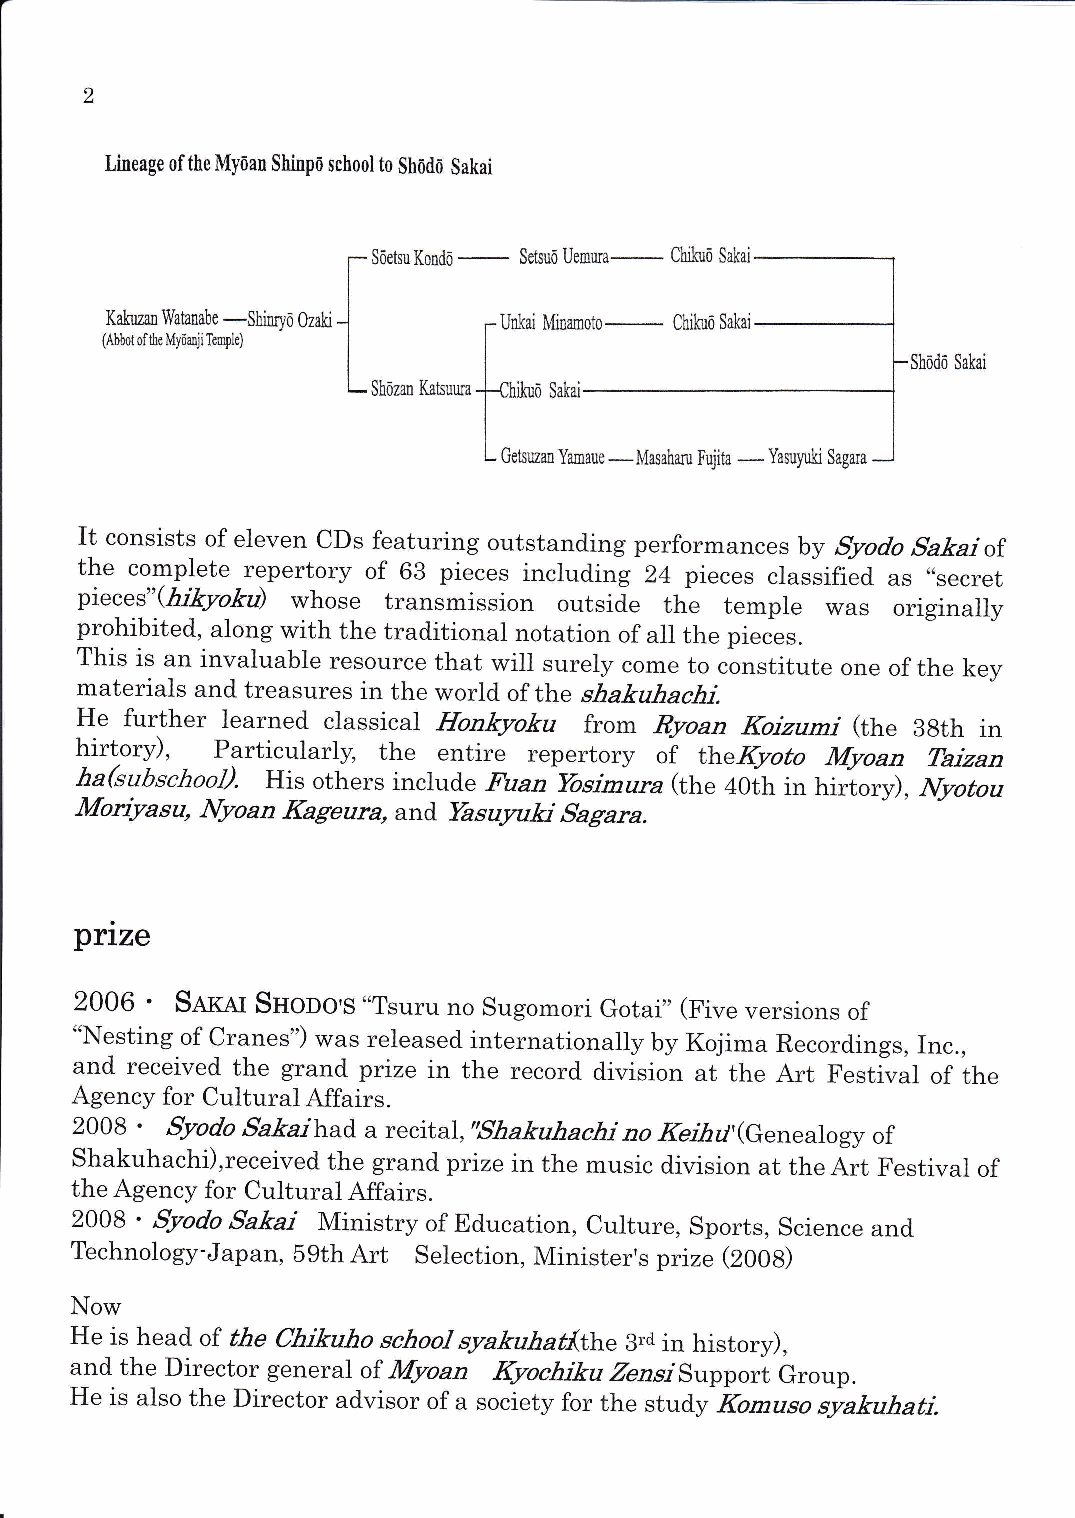
Lineage ofthe My5an Shinpo schoolto shodo Sakai
 S5ctsu Kond5-―――Se"面Uemta―………Ctt Sakai
 Kahlzall恥軸由 c―一shl■3o ozaki              SよJ
 lAbbotぽlhc均5珂iTempり
 SL6dO Sak」
 Shoza■ KatsuШ
 _Yawtt Sagara
 Yama■e
 pttn°                        e胤     S柵
 槻肌蹴応                l鳳黒      計¶   m21謂        常       秘服尊
 :発
 iζ
 prohibited,along with the traditional nOtation of all the pieces.
 This is an invaluable resOurce that will surely cOme to cOnstitute One ofthe key
 materials and treasures in the1 wOrl d Ofth e働
 ′力″力′め」
 .
 努航       夕理」繊寝
 紹      髪
 i,楊
 ゆ    θらぶみつ′″』陽ばり″五らand   tts"sagara。
 prlze
 2006 0 SAKAI SHoDOiS“ Tsuru no SugOInori Gotar'(Five versiOns of
 “Nesting of Cranes'')was released internationally by K●
 ima Recordings,Inc。
 and received the grand prize in the recOrd divisiOn at the Art Festiva1 0f the,
 Agency fOr Cultural Affairs.
 2008・ 5レリ∂♭6レ盪2ゴhad a recital,′働 ′力″力′ιカゴ″ο』髪ガ乃ノ'(Genealogy of
 Shakuhachi),received the grand prize in the lnusic divisiOn at the Alnt Festiva1 0f
 the Agency fOr Cultural A“
 airs.
 2008・ 5レっあ 6場盪′ゴ NIinistry of EducatiOn,Culture,Sports,Science and
 Techno10gy‐Japan,59th Art SelectiOn,NIinister's prize(2008)
 Now
 He is head of ttθ 働士測りο,必ο″syam′原the
 3rd in histOr,,
 and the DirectOr general of物
 ′″  』 6こと力艦′Zb″」Support GrOup.
 He is alsO the DirectOr advisOr Of a society fOr the study ZZ″
 usο syak″力′″